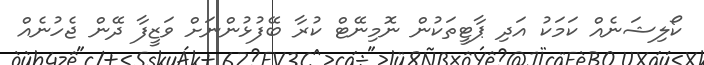
ކޯލިޝަނެއް ކަމަކު އަދި ޕާޓީތަކުން ނޮމިނޭޓް ކުރާ ބޭފުޅުންނަށް ވަޒީފާ ދޭން ޖެހުނެއް